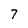
Character: 7